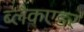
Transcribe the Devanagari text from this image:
ब्लैकएडर